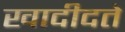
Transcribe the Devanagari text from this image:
खादीदते